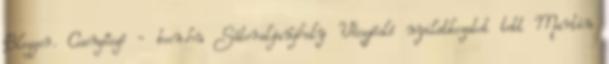
Blogger. Csengőszó - boon.hu Sátoraljaújhely Vészjósló nyilatkozatot tett Martin